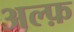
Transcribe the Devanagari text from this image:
अल्फ़